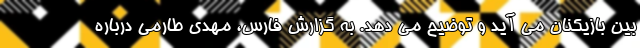
بین بازیکنان می آید و توضیح می دهد. به گزارش فارس، مهدی طارمی درباره